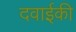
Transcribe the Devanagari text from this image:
दवाईकी